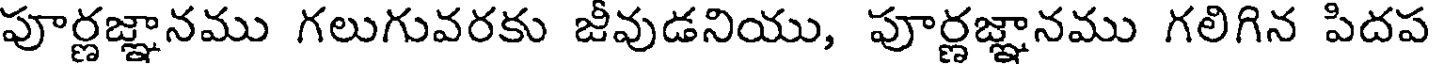
పూర్ణజ్ఞానము గలుగువరకు జీవుడనియు, పూర్ణజ్ఞానము గలిగిన పిదప